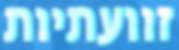
זוועתיות